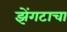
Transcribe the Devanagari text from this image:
झेंगटाचा